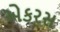
એકરસ